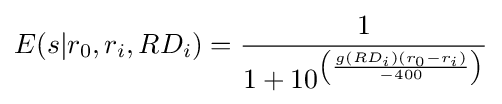
E(s|r_{0},r_{i},RD_{i})={\frac {1}{1+10^{\left({\frac {g(RD_{i})(r_{0}-r_{i})}{-400}}\right)}}}